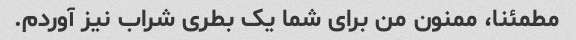
مطمئنا، ممنون من برای شما یک بطری شراب نیز آوردم.